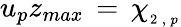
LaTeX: u_{p}z_{max}\, =\, \chi_{_{2\, ,\, p}}